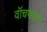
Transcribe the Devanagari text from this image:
वॉचफायर